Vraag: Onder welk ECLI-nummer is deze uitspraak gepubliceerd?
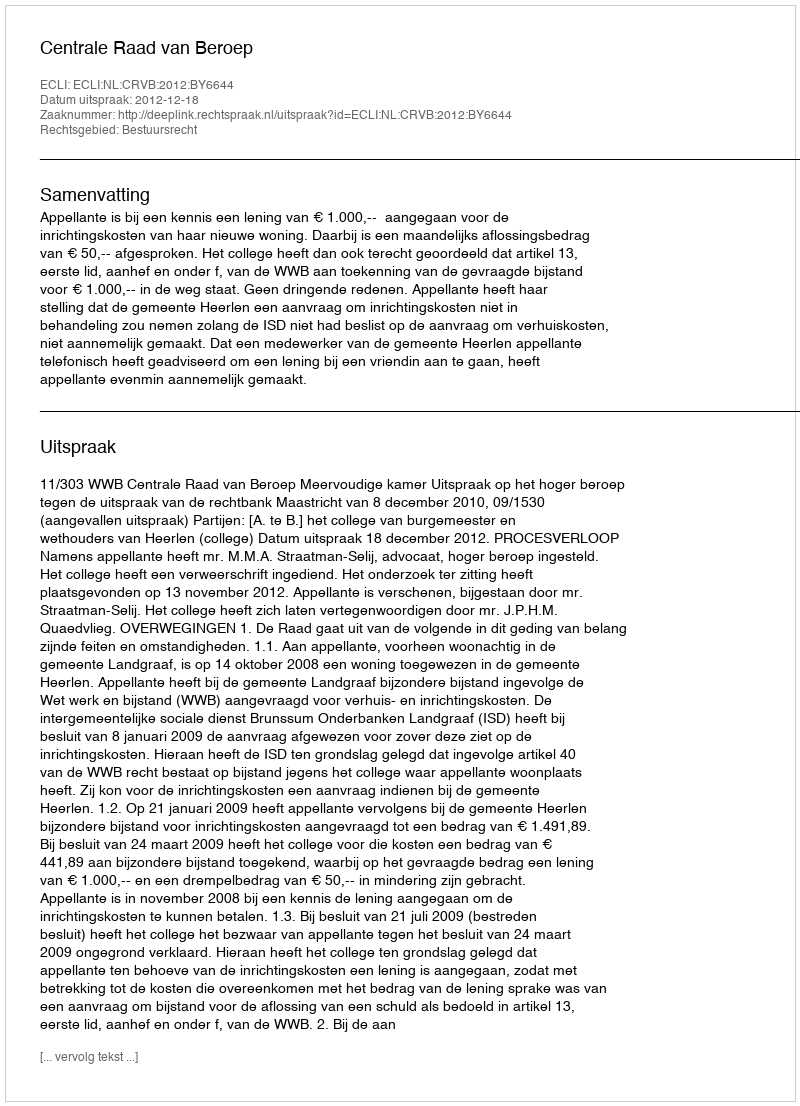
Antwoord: ECLI:NL:CRVB:2012:BY6644